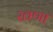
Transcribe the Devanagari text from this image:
खणा